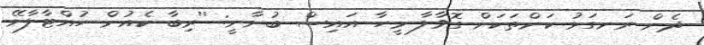
ދެން ރަނގަޅު ކަންތަކަށް ގޮވާލާ މީހާ އައިސް ބުނާނީ: ''ރިބާ ކެއުން ހުއްޓާލާށޭ